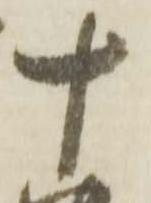
十